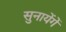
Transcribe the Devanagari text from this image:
सुनायेंगें